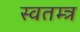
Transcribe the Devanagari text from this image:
स्वतम्त्र